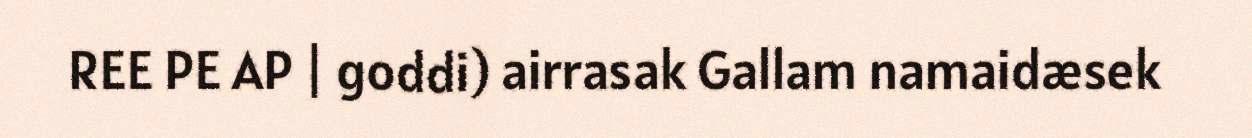
REE PE AP | goddi) airrasak Gallam namaidæsek